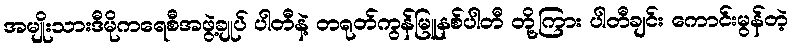
အမျိုးသားဒီမိုကရေစီအဖွဲ့ချုပ် ပါတီနဲ့ တရုတ်ကွန်မြူနစ်ပါတီ တို့ကြား ပါတီချင်း ကောင်းမွန်တဲ့